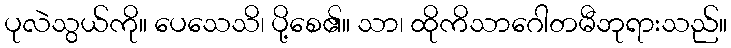
ပုလဲသွယ်ကို။ ပေသေသိ၊ ပို့စေ၏။ သာ၊ ထိုကိသာဂေါတမီဘုရားသည်။